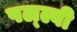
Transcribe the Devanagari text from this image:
पल्ल्वी